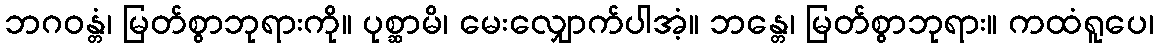
ဘဂဝန္တံ၊ မြတ်စွာဘုရားကို။ ပုစ္ဆာမိ၊ မေးလျှောက်ပါအံ့။ ဘန္တေ၊ မြတ်စွာဘုရား။ ကထံရူပေ၊